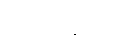
ပရိပူရေယျ